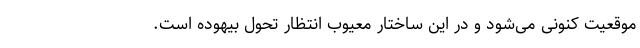
موقعیت کنونی می‌شود و در این ساختار معیوب انتظار تحول بیهوده است.